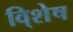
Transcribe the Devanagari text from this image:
वि्शेष